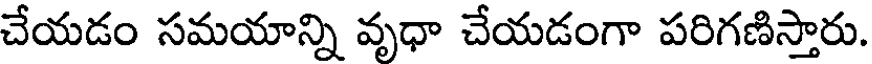
చేయడం సమయాన్ని వృధా చేయడంగా పరిగణిస్తారు.